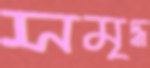
সমৃদ্ধ